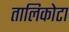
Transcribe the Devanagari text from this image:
तालिकोटा